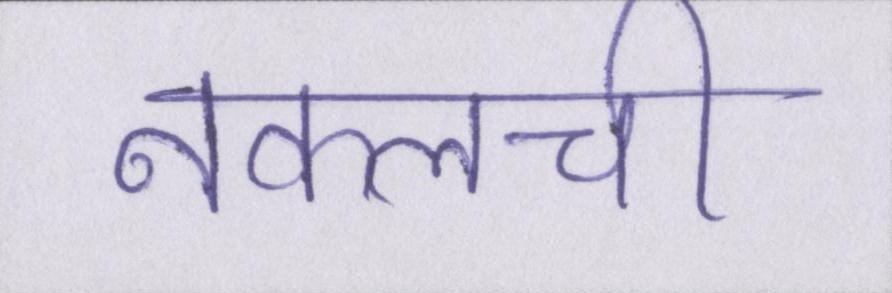
नकलची